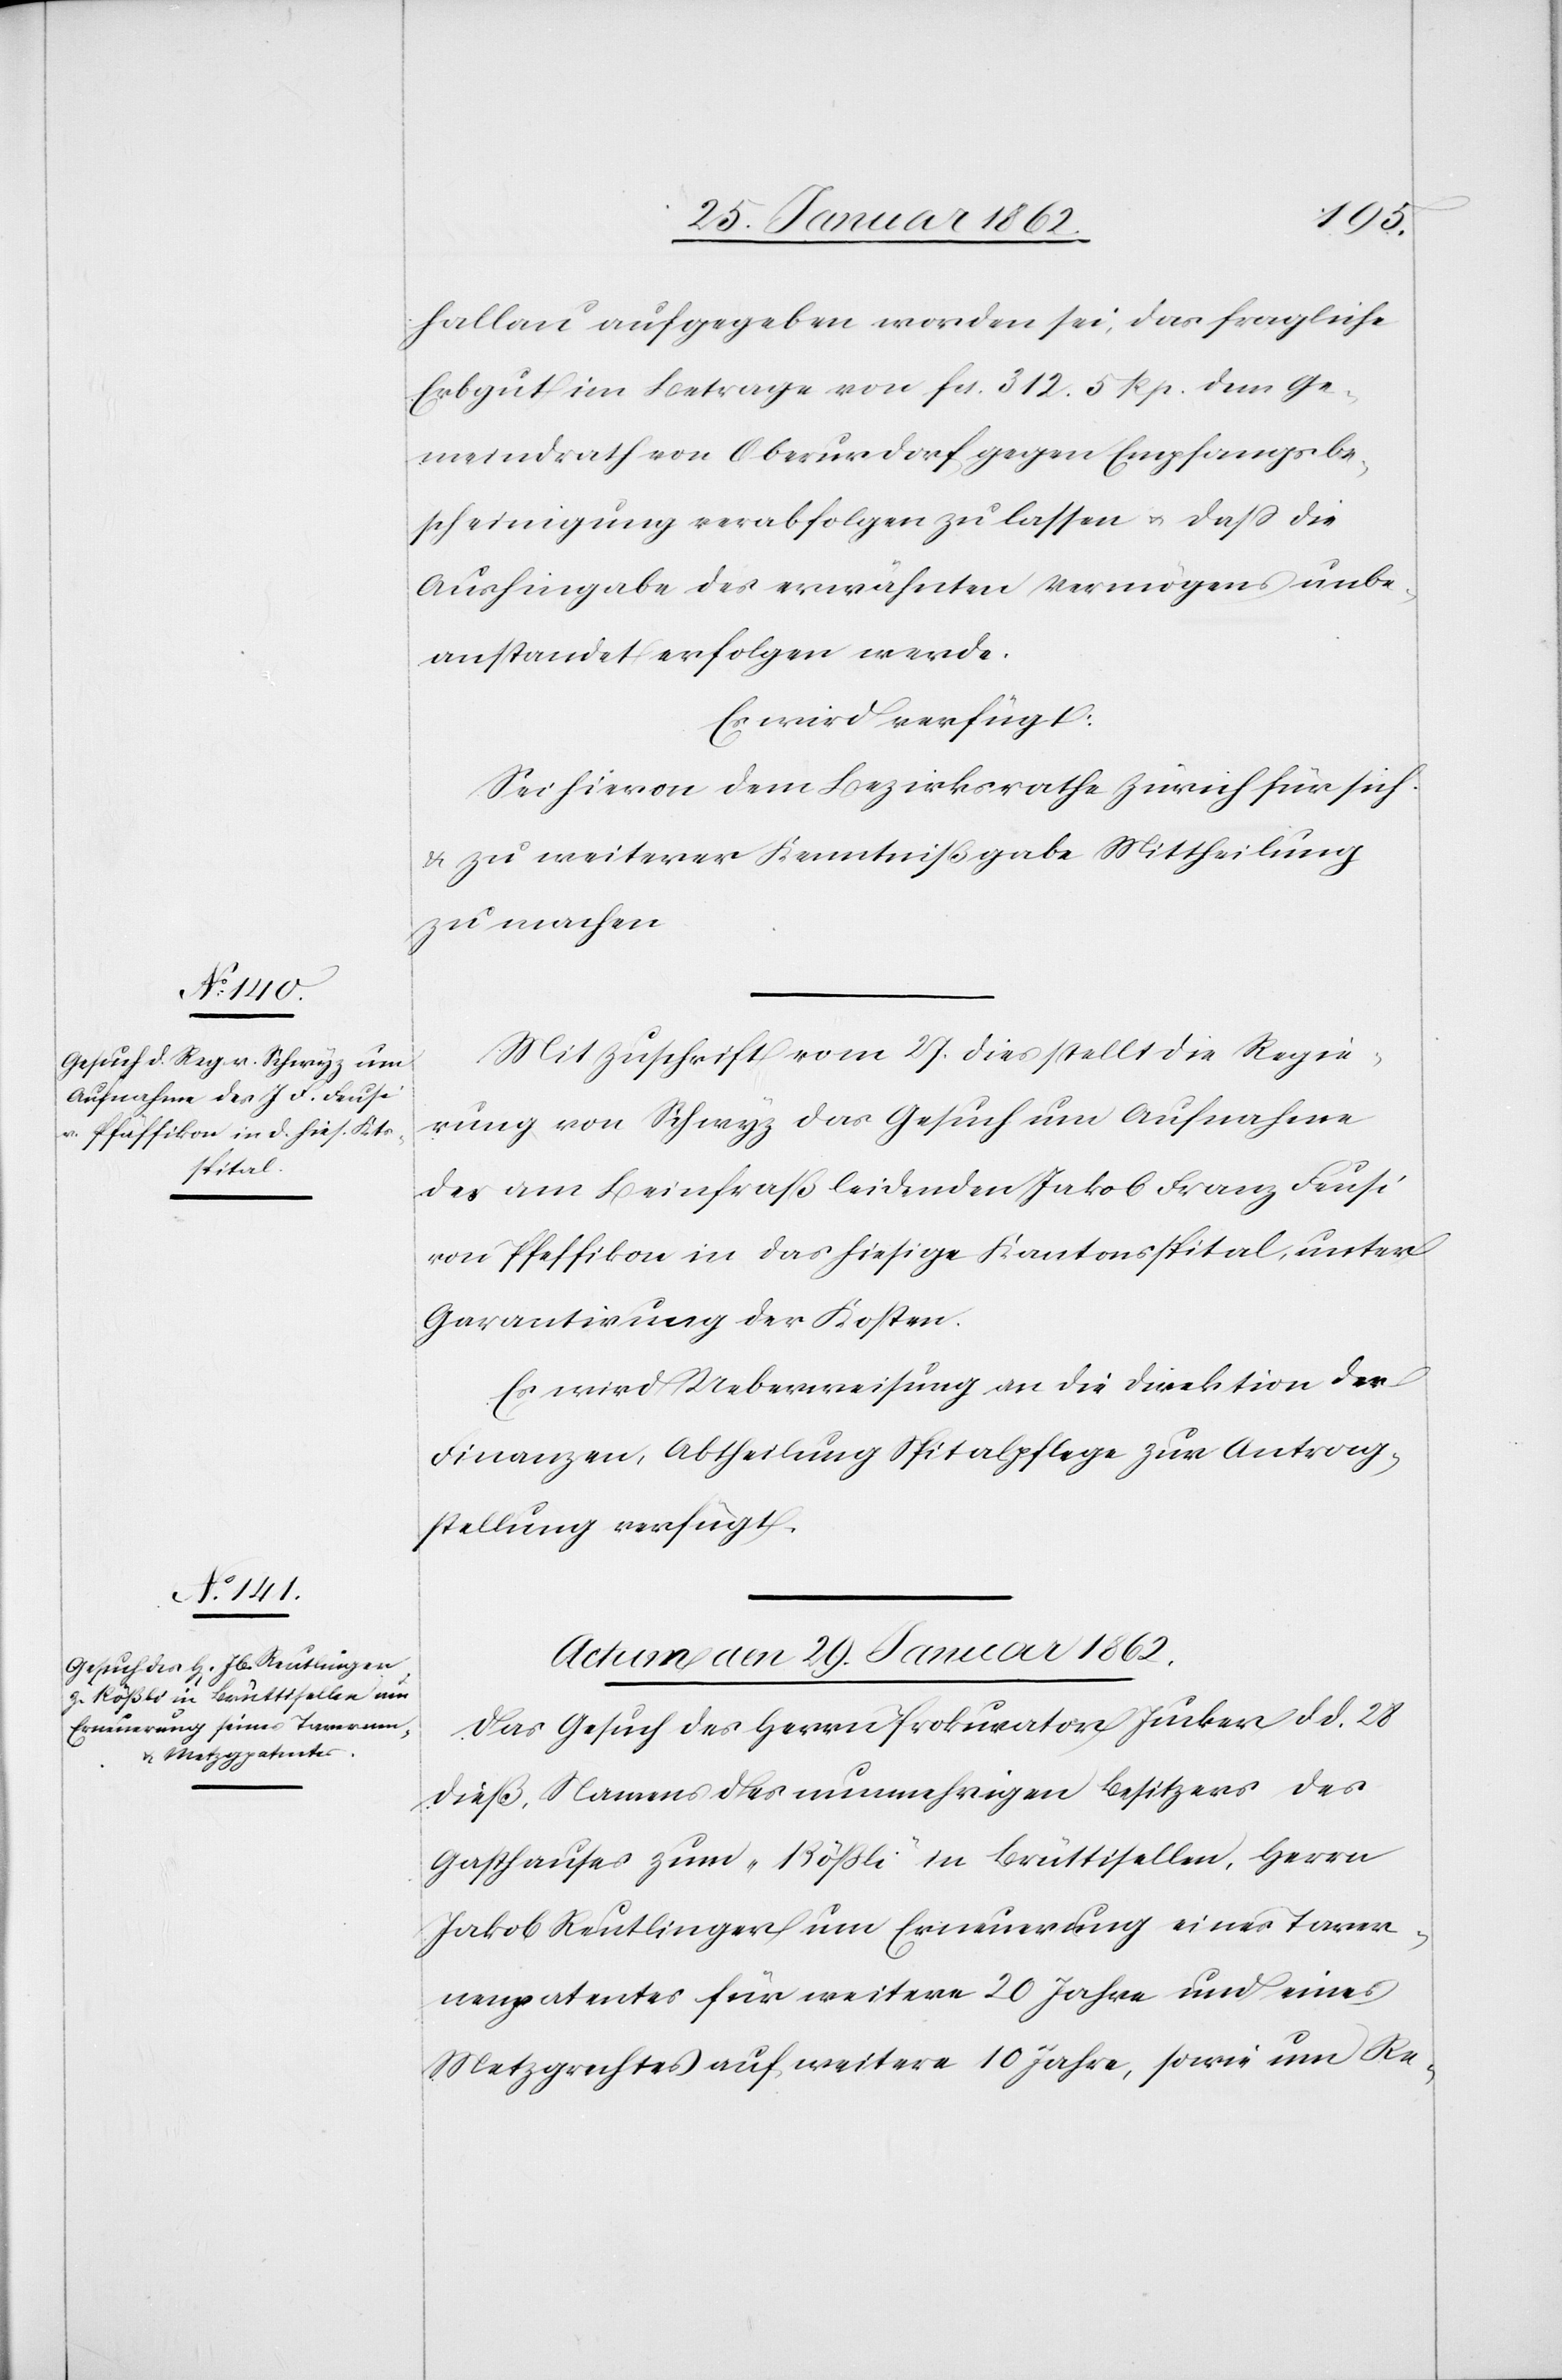
hallau aufgegeben worden sei, das fragliche
Erbgut im Betrage von fcs. 312. 5 Rp. dem Ge¬
meindrath von Oberurdorf gegen Empfangsbe¬
scheinigung verabfolgen zu lassen u. daß die
Aushingabe des erwähnten Vermögens unbe¬
anstandet erfolgen werde.
Es wird verfügt:
Sei hievon dem Bezirksrathe Zürich für sich
& zu weiterer Kenntnißgabe Mittheilung
zu machen[.]
Mit Zuschrift vom 27. dies stellt die Regie¬
rung von Schwyz das Gesuch um Aufnahme
des am Beinfraß leidenden Jakob Franz Feusi
von Pfeffikon [sic!] in das hiesige Kantonsspital, unter
Garantirung der Kosten.
Es wird Ueberweisung an die Direktion der
Finanzen, Abtheilung Spitalpflege zur Antrag¬
stellung verfügt.
Actum den 29. Januar 1862.
Das Gesuch des Herrn Prokurator Jucker d d. 28
dieß, Namens des nunmehrigen Besitzers des
Gasthauses zum „Rößli“ in Brüttisellen, Herrn
Jakob Reutlinger um Erneuerung eines Taver¬
nenpatentes für weitere 20 Jahre und eines
Metzgrechtes auf weitere 10 Jahre, sowie um Re-